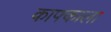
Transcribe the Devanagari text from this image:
काफ्काला